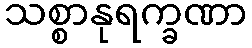
သစ္စာနုရက္ခဏာ